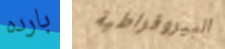
بارده البيروقراطية